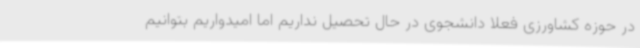
در حوزه کشاورزی فعلا دانشجوی در حال تحصیل نداریم اما امیدواریم بتوانیم